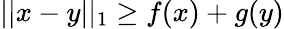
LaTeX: ||x-y||_{1}\geq f(x)+g(y)